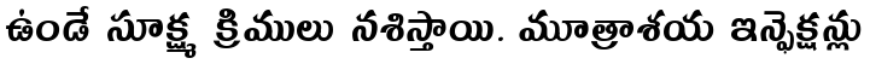
ఉండే సూక్ష్మ క్రిములు నశిస్తాయి. మూత్రాశయ ఇన్ఫెక్షన్లు